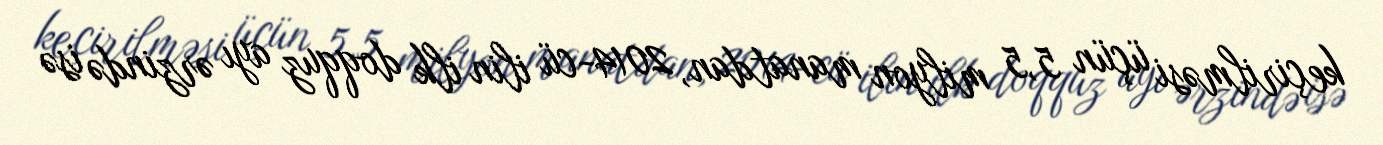
keçirilməsi üçün 5,5 milyon manatdan, 2014-cü ilin ilk doqquz ayı ərzində isə